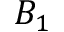
B _ { 1 }